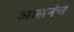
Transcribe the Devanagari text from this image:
आसनंच